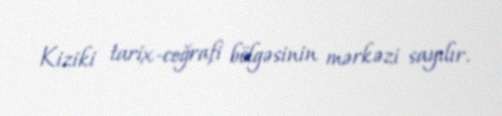
Kiziki tarix-coğrafi bölgəsinin mərkəzi sayılır.